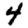
Digit: 4